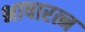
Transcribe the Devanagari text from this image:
भाषारत्न